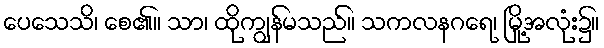
ပေသေသိ၊ စေ၏။ သာ၊ ထိုကျွန်မသည်။ သကလနဂရေ၊ မြို့အလုံး၌။